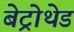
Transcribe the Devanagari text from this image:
बेट्रोथेड